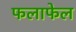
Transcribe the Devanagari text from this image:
फलाफेल